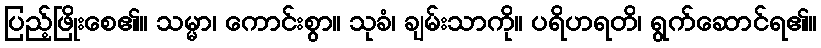
ပြည့်ဖြိုးစေ၏။ သမ္မာ၊ ကောင်းစွာ။ သုခံ၊ ချမ်းသာကို။ ပရိဟရတိ၊ ရွက်ဆောင်ရ၏။